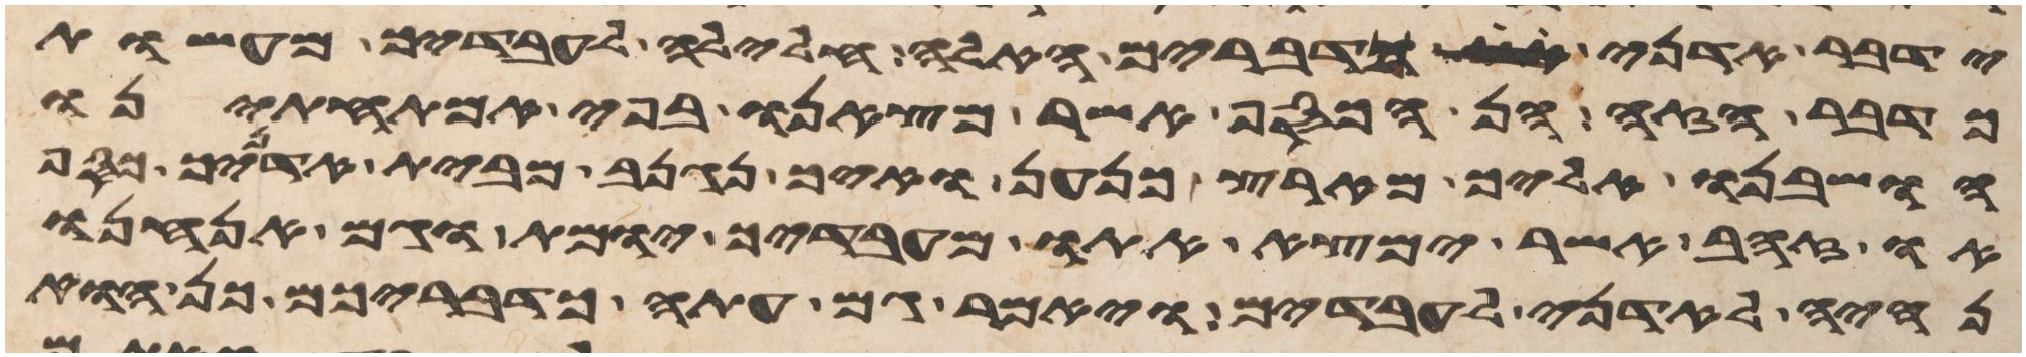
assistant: ידבר אדני כדברים האלה חלילה לעבדיך מעשות
כדבר הזה הן הכסף אשר מצאנו בפי אמתחתינו
הושבנו אליך מארץ כנען ואיך נגנב מבית אדניך כסף
או זהב אשר ימצא אתו מעבדיך יומת וגם אנחנו
נהיה לאדני לעבדים ויאמר גם עתה כדבריכם כן הוא